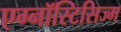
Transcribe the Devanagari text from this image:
एग्नॉस्टिसिज्म